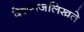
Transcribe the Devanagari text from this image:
देशराजलिखते